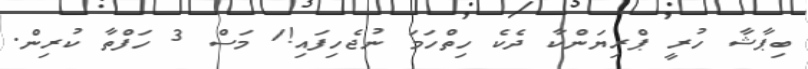
ބިޕާޝާ ހުރީ ޕްރިޔަންކާ ދެކެ ހިތްހަމަ ނުޖެހިފައި!1 މަސް 3 ހަފްތާ ކުރިން.